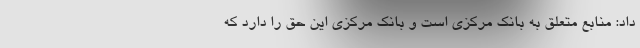
داد: منابع متعلق به بانک مرکزی است و بانک مرکزی این حق را دارد که